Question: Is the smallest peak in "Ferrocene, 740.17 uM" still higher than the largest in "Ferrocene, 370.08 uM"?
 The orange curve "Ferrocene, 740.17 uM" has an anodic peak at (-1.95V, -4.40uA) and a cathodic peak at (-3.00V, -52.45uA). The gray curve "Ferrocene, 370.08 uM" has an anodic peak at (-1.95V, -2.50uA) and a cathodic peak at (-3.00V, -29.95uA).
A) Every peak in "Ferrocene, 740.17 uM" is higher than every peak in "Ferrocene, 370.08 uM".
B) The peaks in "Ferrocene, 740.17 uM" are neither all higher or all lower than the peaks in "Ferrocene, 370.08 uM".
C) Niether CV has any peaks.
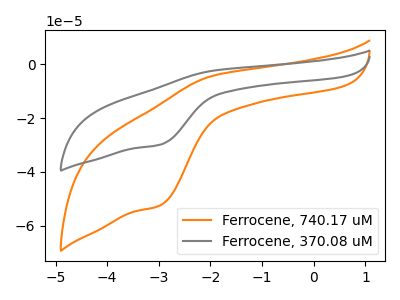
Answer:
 <answer>B) The peaks in "Ferrocene, 740.17 uM" are neither all higher or all lower than the peaks in "Ferrocene, 370.08 uM".</answer>
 <eval>B</eval>